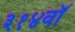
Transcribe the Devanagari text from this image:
३१४वॉ